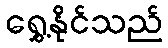
ရွှေ့နိုင်သည်